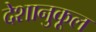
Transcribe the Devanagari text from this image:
देशानुकूल